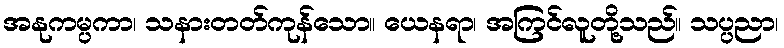
အနုကမ္ပကာ၊ သနားတတ်ကုန်သော။ ယေနရာ၊ အကြင်လူတို့သည်။ သပ္ပညာ၊